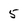
Character: 5